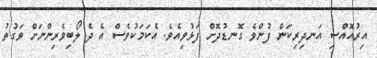
އިރުއޮއްސި އަނދިރިކަން ފުންވެ ގޮނޑުދޮށް ފަޅުވިއެވެ. އެކަމަކުވެސް އެ ދެ ލޯބިވެރިންނަށް ވަގުތު